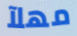
مهلآ